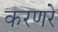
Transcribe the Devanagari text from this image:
करणरे